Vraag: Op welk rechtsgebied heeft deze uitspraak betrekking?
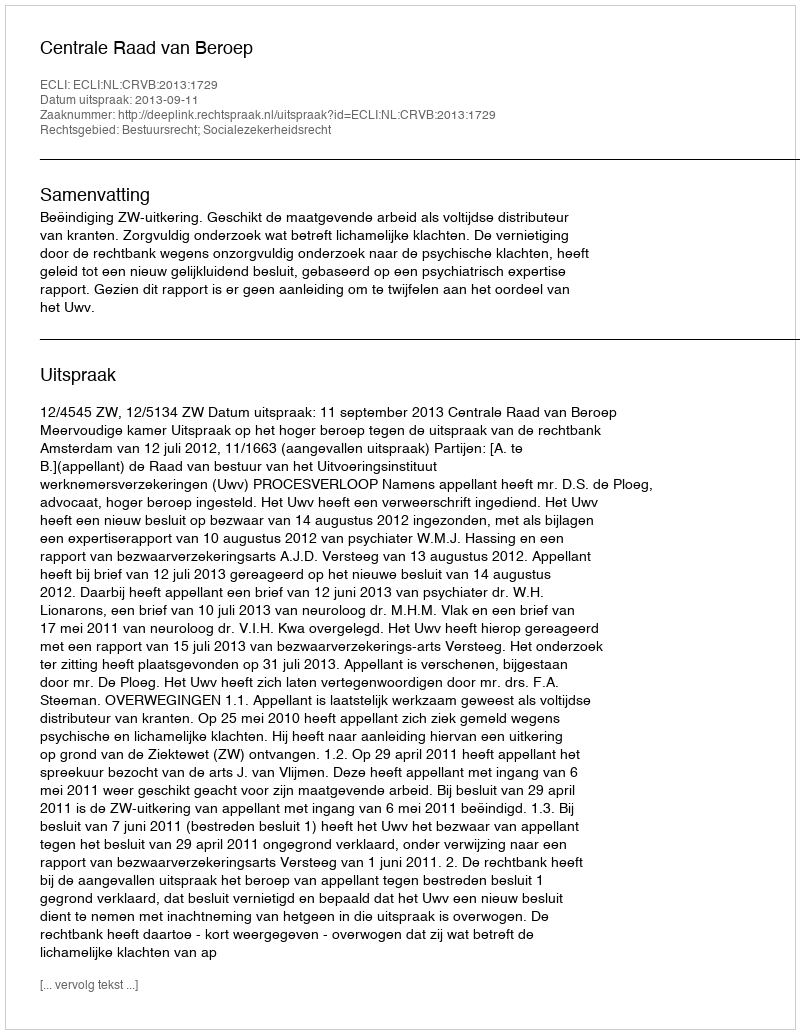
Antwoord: Bestuursrecht; Socialezekerheidsrecht